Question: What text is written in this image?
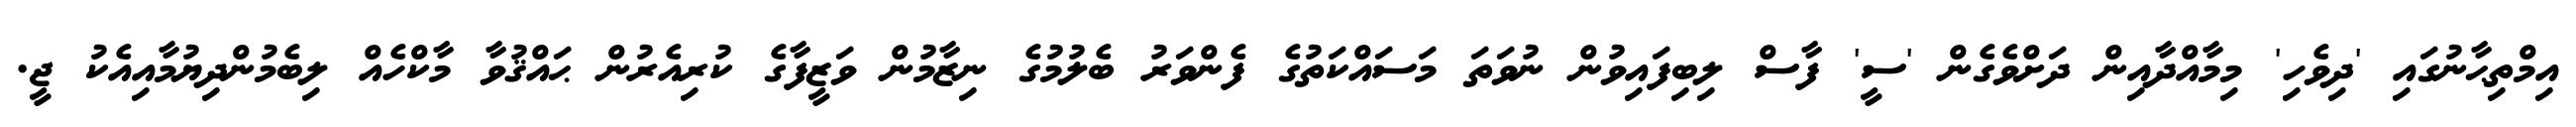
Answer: އިމްތިޙާނުގައި 'ދިވެހި' މިމާއްދާއިން ދަށްވެގެން 'ސީ' ފާސް ލިބިފައިވުން ނުވަތަ މަސައްކަތުގެ ފެންވަރު ބެލުމުގެ ނިޒާމުން ވަޒީފާގެ ކުރިއެރުން ޙައްޤުވާ މާކްހެއް ލިބެމުންދިޔުމާއިއެކު ޖީ.